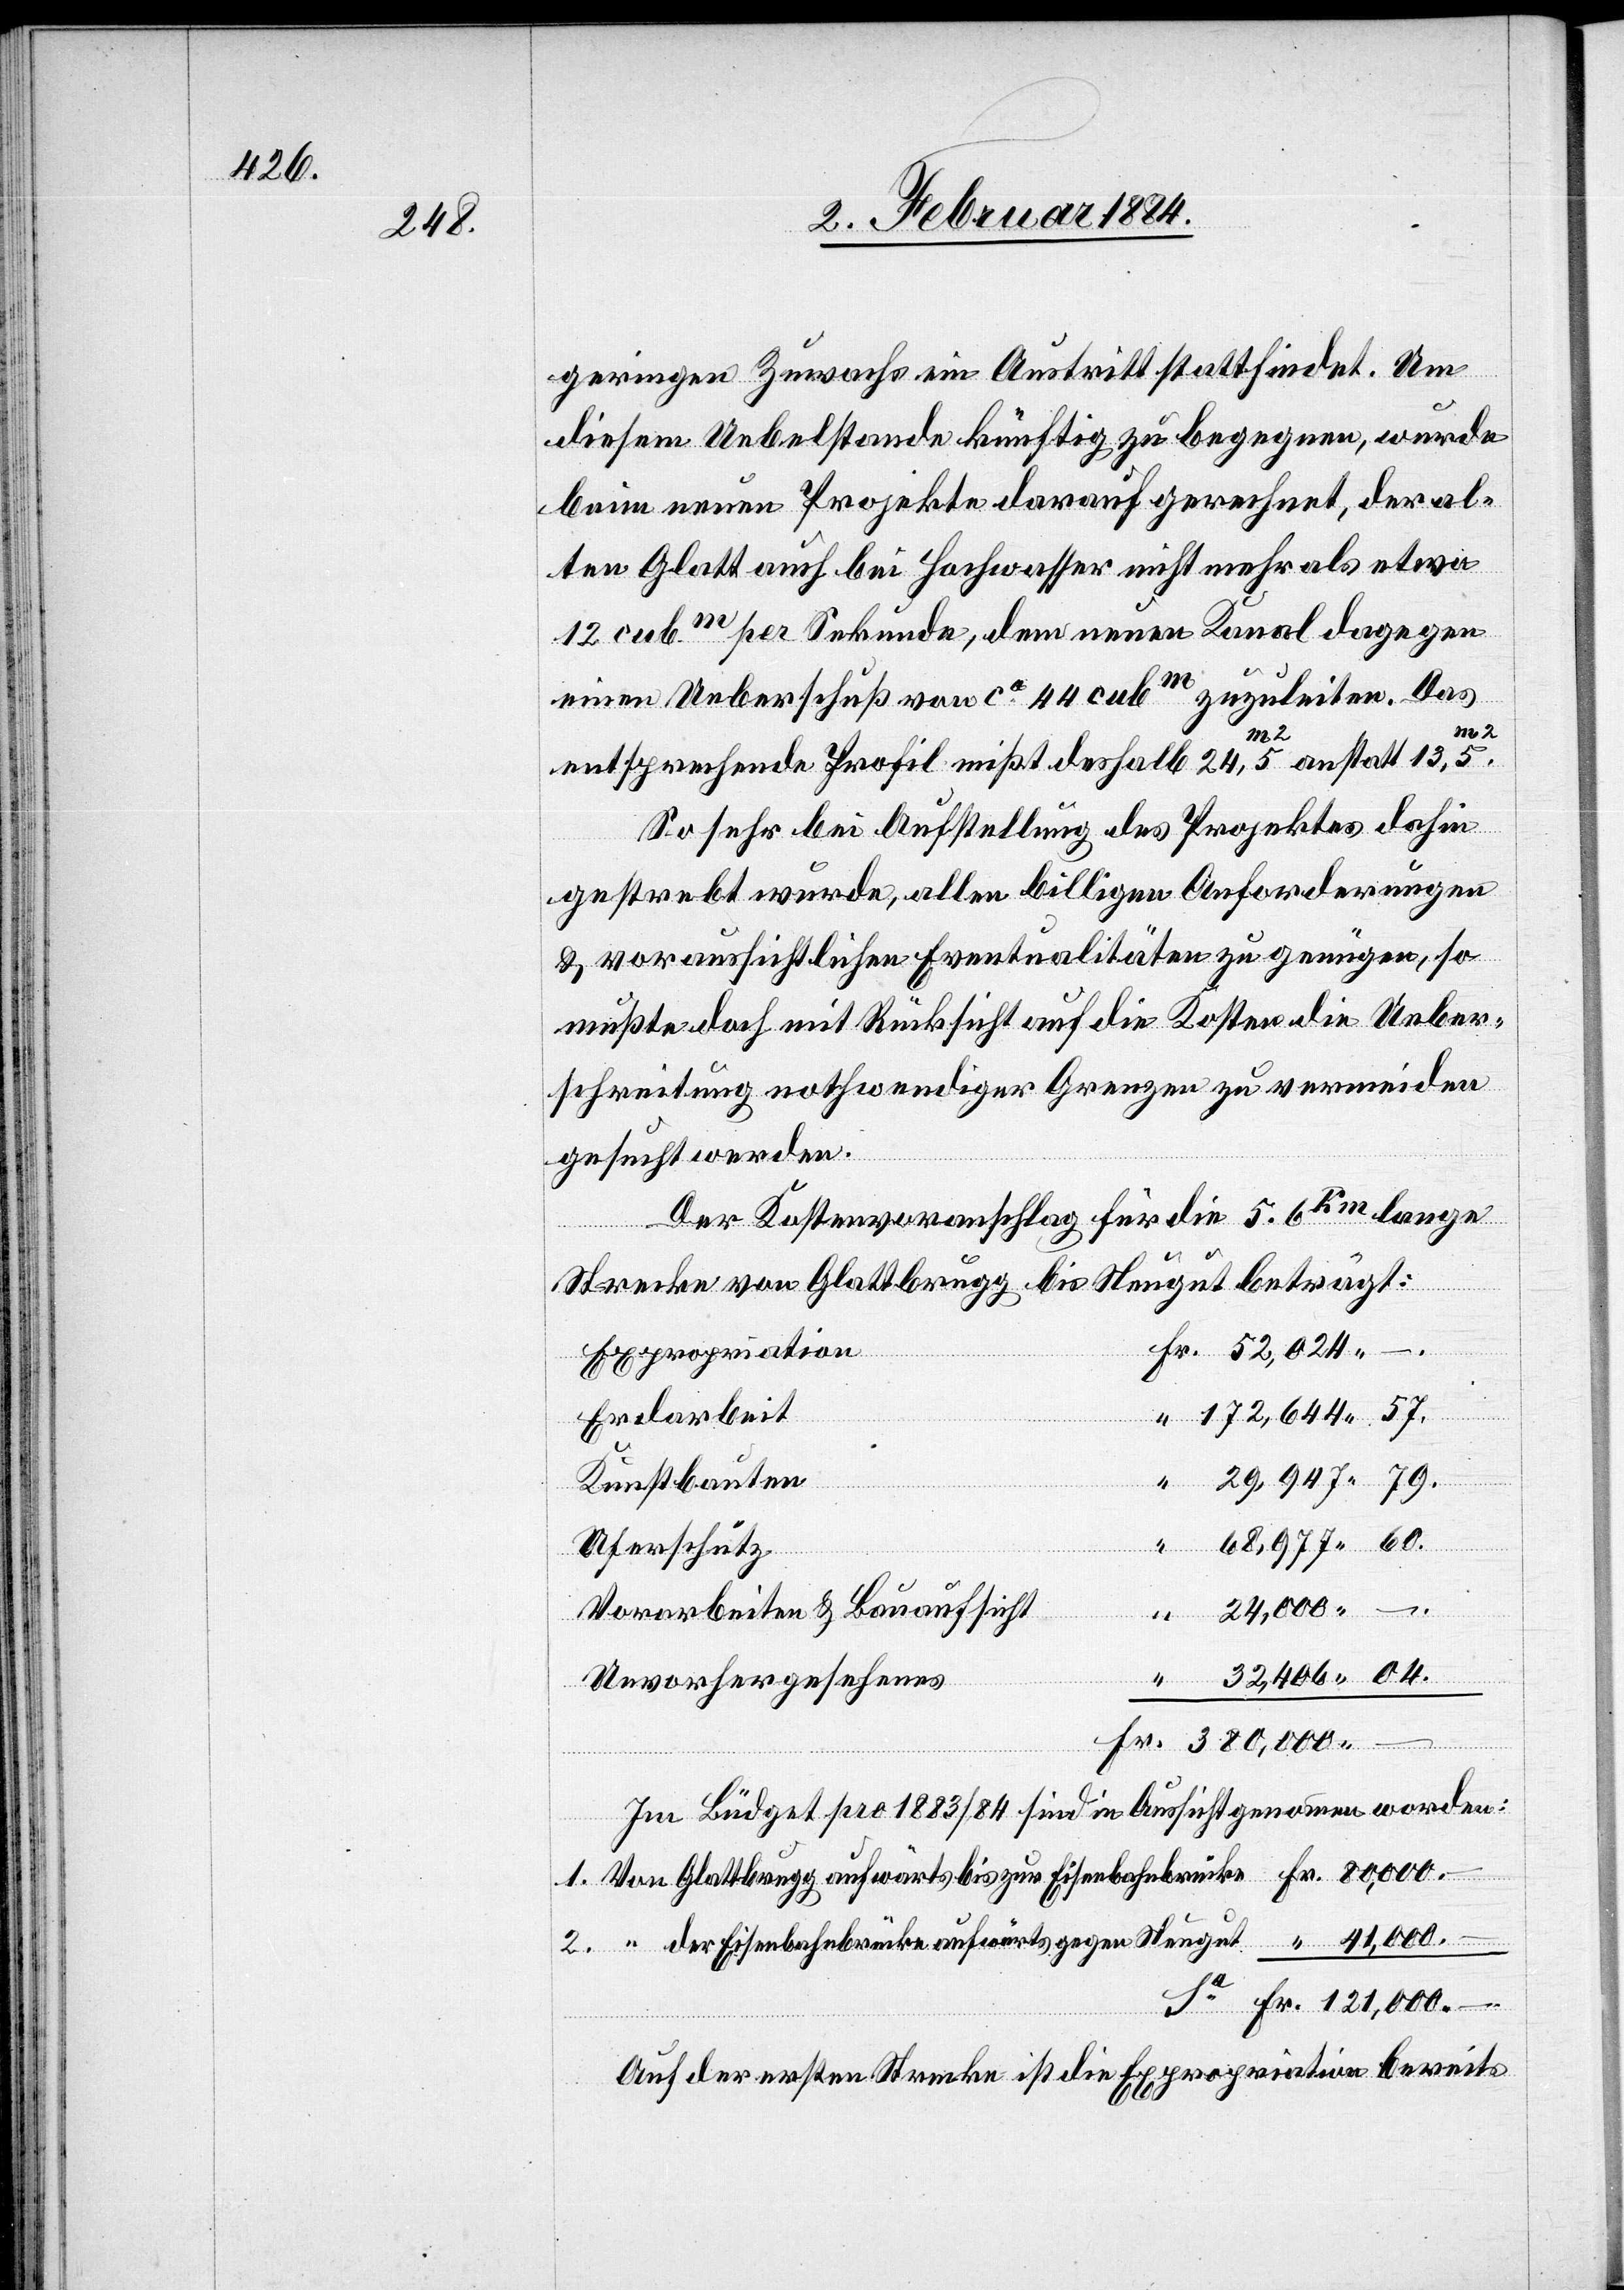
32,406

geringen Zuwachs ein Austritt stattfindet. Um
diesem Uebelstande künftig zu begegnen, wurde
beim neuen Projekte darauf geachtet, der al¬
ten Glatt auch bei Hochwasser nicht mehr als etwa
12 cubm per Sekunde, dem neuen Kanal dagegen
einen Ueberschuß von ca 44 cubm zuzuleiten. Das
41,000.–
Fr.
entsprechend Profil mißt deshalb 24,5m2 anstatt 13,5m2.
So sehr bei Aufstellung des Projektes dahin
gestrebt wurde, allen billigen Anforderungen
& voraussichtlichen Eventualitäten zu genügen, so
mußte doch mit Rücksicht auf die Kosten die Ueber¬
schreitung notwendiger Grenzen zu vermeiden
gesucht werden.
Der Kostenvoranschlag für die 5,6km lange
Strecke von Glattbrugg bis Neugut beträgt:
aufwärts bis zum
Expropriation
Erdarbeit
Kunstbauten
Uferschutz
2.
Vorarbeiten & Bauaufsicht
“
Unvorhergesehenes
Im Büdget pro 1883/84 sind in Aussicht genommen worden:
der Eisenbahnbrücke aufwärts gegen Neugut
Auf der ersten Strecke ist die Expropriation bereits